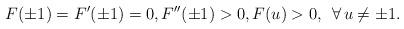
LaTeX: \begin{align*}F(\pm1)=F'(\pm1)=0, F''(\pm1)>0, F(u)>0, \; \, \forall\,u\neq\pm1.\end{align*}